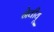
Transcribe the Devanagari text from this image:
नेवीयू